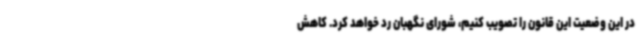
در این وضعیت این قانون را تصویب کنیم، شورای نگهبان رد خواهد کرد. کاهش